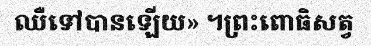
ឈឺទៅបានឡើយ» ។ព្រះពោធិសត្វ